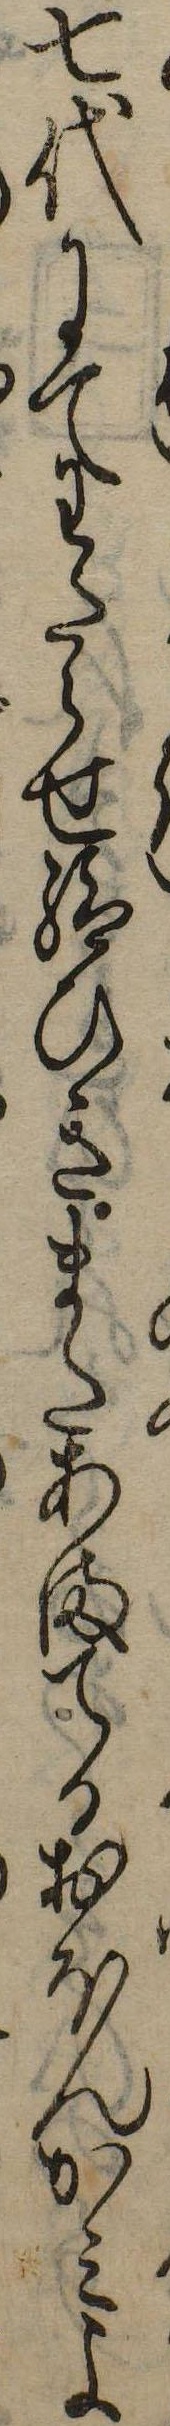
七代にてわたらせ給ひきまたあまてるおほんかみよ